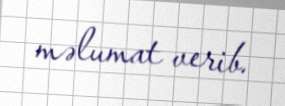
məlumat verib.